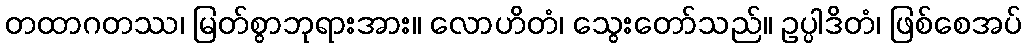
တထာဂတဿ၊ မြတ်စွာဘုရားအား။ လောဟိတံ၊ သွေးတော်သည်။ ဥပ္ပါဒိတံ၊ ဖြစ်စေအပ်